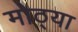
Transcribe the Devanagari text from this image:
मोठ्‍या